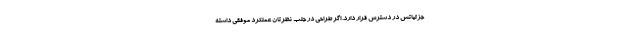
جزئیاتش در دسترس قرار دارد. اگر طراحی در جلب نظرتان عملکرد موفقی داشته